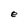
Character: e